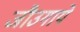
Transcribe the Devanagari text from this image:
जौउगाये